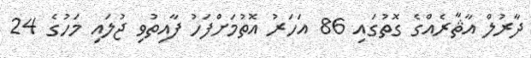
ދާރުލް އާޘާރެއްގެ ގޮތުގައި 86 އަހަރު އޮތުމަށްފަހު ފާއިތުވި ޖުލައި މަހުގެ 24